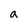
Character: a